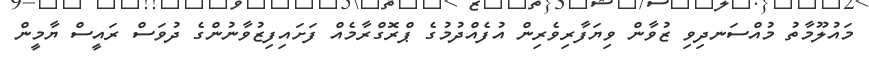
މައުލޫމާތު މުއްސަނދިވި ޒުވާން ވިޔަފާރިވެރިން އުފެއްދުމުގެ ޕްރޮގްރާމެއް ފަށައިފިޒުވާނުންގެ ދުވަސް ރައީސް ޔާމީން